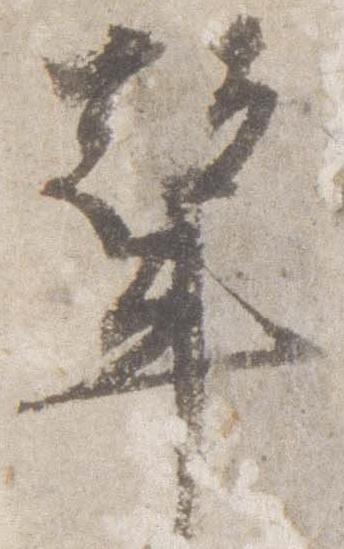
輦